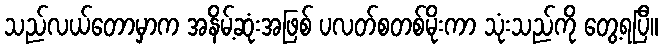
သည်လယ်တောမှာက အနိမ့်ဆုံးအဖြစ် ပလတ်စတစ်မိုးကာ သုံးသည်ကို တွေ့ရပြီ။